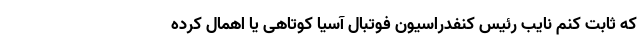
که ثابت کنم نایب رئیس کنفدراسیون فوتبال آسیا کوتاهی یا اهمال کرده